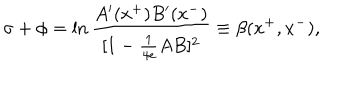
\sigma + \phi = \ln { \frac { A ^ { \prime } ( x ^ { + } ) B ^ { \prime } ( x ^ { - } ) } { [ 1 - { \frac { 1 } { 4 e } } A B ] ^ { 2 } } } \equiv \beta ( x ^ { + } , x ^ { - } ) ,